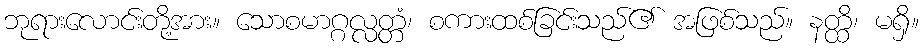
ဘုရားလောင်းတို့အား။ သောစမာဂ္ဂလ္လတ္တံ၊ စကားထစ်ခြင်းသည်၏ အဖြစ်သည်။ နတ္ထိ၊ မရှိ။